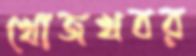
খোজখবর